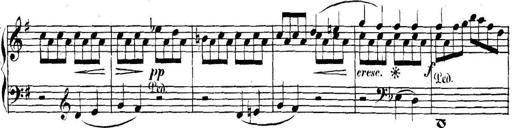
Title: Collected Piano Sonatas
Composer: Muzio Clementi